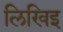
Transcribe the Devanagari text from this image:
लिखिइ